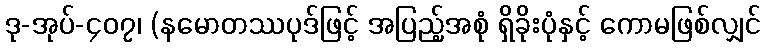
ဒု-အုပ်-၄၀၇၊ (နမောတဿပုဒ်ဖြင့် အပြည့်အစုံ ရှိခိုးပုံနှင့် ကောမဖြစ်လျှင်